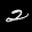
Label: 2